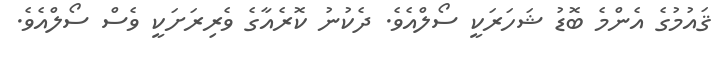
ޤައުމުގެ އެންމެ ބޮޑު ޝަހަރަކީ ސޯލްއެވެ. ދެކުނު ކޮރެއާގެ ވެރިރަށަކީ ވެސް ސޯލްއެވެ.